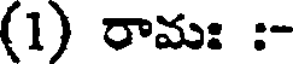
(1) రామః :-